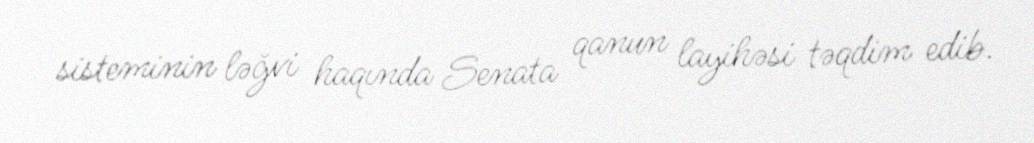
sisteminin ləğvi haqında Senata qanun layihəsi təqdim edib.